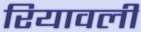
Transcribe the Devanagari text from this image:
रियावली